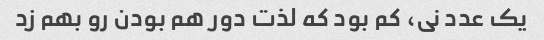
یک عدد نی، کم بود که لذت دور هم بودن رو بهم زد